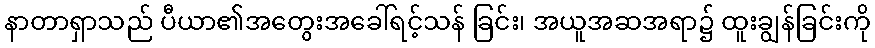
နာတာရှာသည် ပီယာ၏အတွေးအခေါ်ရင့်သန် ခြင်း၊ အယူအဆအရာ၌ ထူးချွန်ခြင်းကို